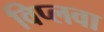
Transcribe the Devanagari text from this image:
विप्लवा